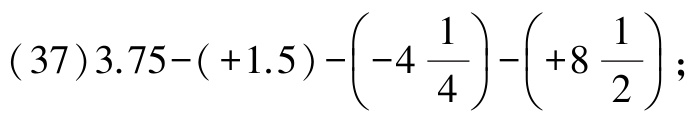
\((37)3.75-( + 1.5)-\left(-4\frac{1}{4}\right)-\left(+8\frac{1}{2}\right);\)